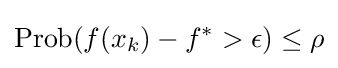
{\text{Prob}}(f(x_{k})-f^{*}>\epsilon )\leq \rho